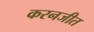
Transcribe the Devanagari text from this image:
करनजीत